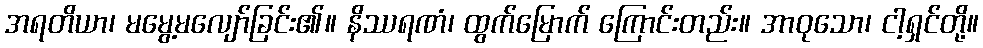
အရတိယာ၊ မမွေ့မလျော်ခြင်း၏။ နိဿရဏံ၊ ထွက်မြောက် ကြောင်းတည်း။ အာဝုသော၊ ငါ့ရှင်တို့။